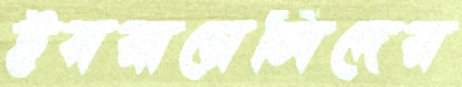
ইসরায়েলিদের